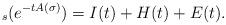
LaTeX: \begin{align*}_s (e^{-t A(\sigma)}) = I(t) + H(t) + E(t).\end{align*}